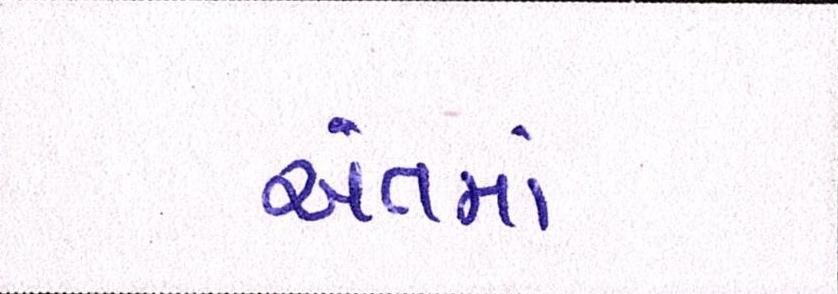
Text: અંતમાં